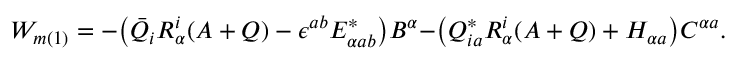
W _ { m ( 1 ) } = - \bigr ( \bar { Q } _ { i } R _ { \alpha } ^ { i } ( A + Q ) - \epsilon ^ { a b } E _ { \alpha a b } ^ { * } \bigr ) B ^ { \alpha } - \bigr ( Q _ { i a } ^ { * } R _ { \alpha } ^ { i } ( A + Q ) + H _ { \alpha a } \bigr ) C ^ { \alpha a } .